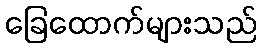
ခြေထောက်များသည်